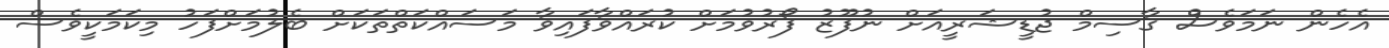
އެހެން ނަމަވެސް ޤާސިމް ޖުޑީޝަރީއަށް ނުފޫޒު ފޯރުވުމަށް ކުރައްވާފައިވާ މަސައްކަތްތަކަށް ބެލުމަށްފަހު މިކަމަކީވެސް